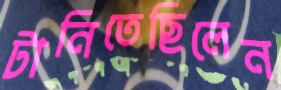
টানিতেছিলেন